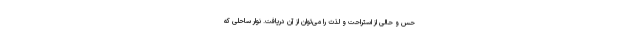
حس و حالی از استراحت و لذت را می‌توان از آن دریافت. نوار ساحلی که